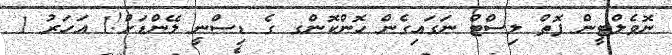
ނޮވެލްޓީން ފޮތް ލިސްޓް ނަގައިގެން ހޮންކޮންގ ގެ ޑިސްނީ ލޭންޑަށް!1 އަހަރު 1